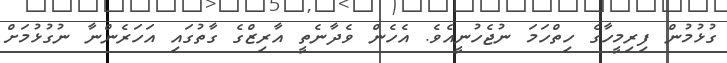
ގުޅުމުން ފިރިމީހާގެ ހިތްހަމަ ނުޖެހުނީއެވެ. އެހެން ވެދާނެތީ އާރިޒްގެ ގާތުގައި އަހަރެންނާ ނުގުޅުމަށް